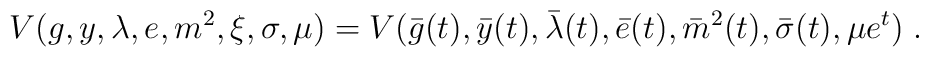
V(g,y,\lambda,e,m^2,\xi,\sigma,\mu)= V(\bar{g}(t), \bar{y}(t),\bar{\lambda}(t),\bar{e}(t),\bar{m}^2(t), \bar{\sigma}(t), \mu e^t)\;.